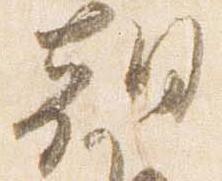
朝